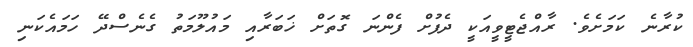
ކުރާނެ ކަމަށެވެ. ރާއްޖެޓީވީއަކީ ދެފުށް ފެންނަ ގޮތަށް ޚަބަރާއި މައުލޫމަތު ގެނެސްދޭ ހަމައެކަނި